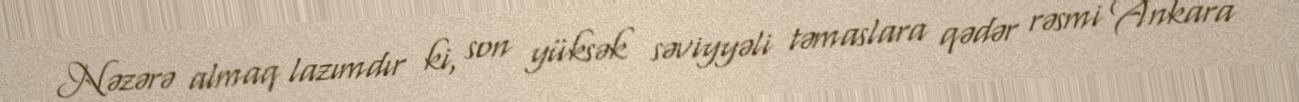
Nəzərə almaq lazımdır ki, son yüksək səviyyəli təmaslara qədər rəsmi Ankara